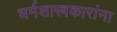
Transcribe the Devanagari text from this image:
धर्मशास्त्रकारांना